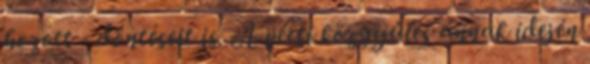
hozott - döntéseit is. A pécsi közgyűlés annak idején